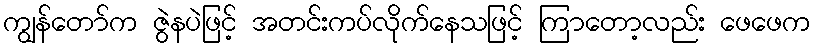
ကျွန်တော်က ဇွဲနပဲဖြင့် အတင်းကပ်လိုက်နေသဖြင့် ကြာတော့လည်း ဖေဖေက